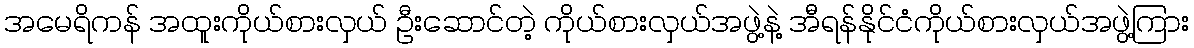
အမေရိကန် အထူးကိုယ်စားလှယ် ဦးဆောင်တဲ့ ကိုယ်စားလှယ်အဖွဲ့နဲ့ အီရန်နိုင်ငံကိုယ်စားလှယ်အဖွဲ့ကြား